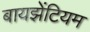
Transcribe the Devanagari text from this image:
बायझेंटियम